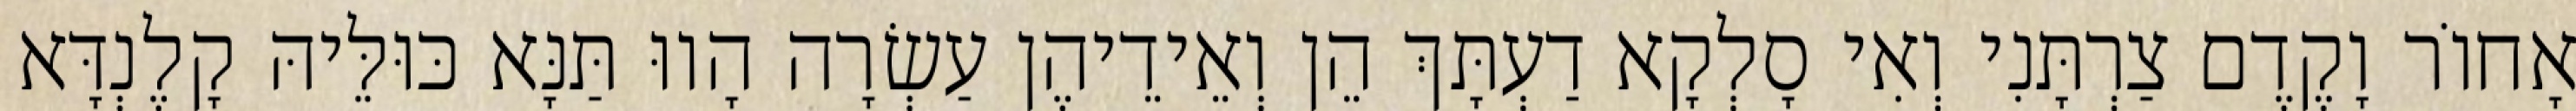
אָחוֹר וָקֶדֶם צַרְתָּנִי וְאִי סָלְקָא דַעְתָּךְ הֵן וְאֵידֵיהֶן עַשְׂרָה הָווּ תַּנָּא כּוּלֵּיהּ קָלֶנְדָּא